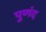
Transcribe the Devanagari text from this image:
पुणंद